Leaving Certificate Examination, 1922
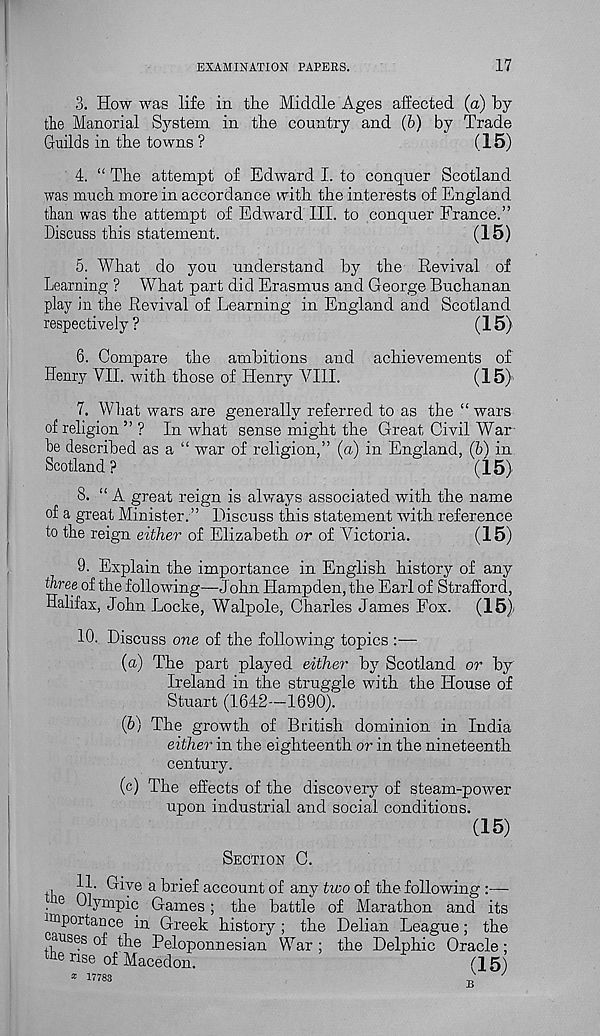
EXAMINATION PAPERS.
17
3. How was life in the Middle Ages affected (a) by
the Manorial System in the country and (b) by Trade
Guilds in the towns ?
(15)
4. “ The attempt of Edward I. to conquer Scotland
was much more in accordance with the interests of England
than was the attempt of Edward III. to conquer France.”
Discuss this statement.
(15)
5. What do you understand by the Revival of
Learning ? What part did Erasmus and George Buchanan
play in the Revival of Learning in England and Scotland
respectively ?
(15)
6. Compare the ambitions and achievements of
Henry VII. with those of Henry VIII.
(15)
7. What wars are generally referred to as the “ wars
of religion ” ? In what sense might the Great Civil War
he described as a “ war of religion,” (a) in England, (b) in
Scotland?
(15)
8. “ A great reign is always associated with the name
of a great Minister.” Discuss this statement with reference
to the reign either of Elizabeth or of Victoria.
(15)
9. Explain the importance in English history of any
three of the following—John Hampden, the Earl of Strafford,
Halifax, John Locke, Walpole, Charles James Fox. (15)
10. Discuss one of the following topics :—
(а) The part played either by Scotland or by
Ireland in the struggle with the House of
Stuart (1642—1690).
(б) The growth of British dominion in India
either in the eighteenth or in the nineteenth
century.
(c) The effects of the discovery of steam-power
upon industrial and social conditions.
(15)
SECTION C.
tl rii’ Give a
account of any two of the following :—
■ 16 Clympic Gaines ; the battle of Marathon and its
importance in Greek history ; the Delian League; the
causes of the Peloponnesian War; the Delphic Oracle;
rise of Macedon.
(15)
* 17783
T)
^